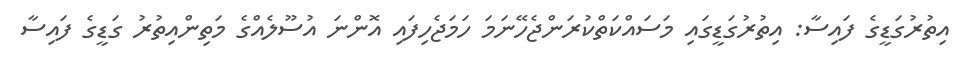
އިތުރުގަޑީގެ ފައިސާ: އިތުރުގަޑީގައި މަސައްކަތްކުރަންޖެހޭނަމަ ހަމަޖެހިފައި އޮންނަ އުސޫލެއްގެ މަތިންއިތުރު ގަޑީގެ ފައިސާ